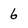
Character: 6